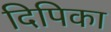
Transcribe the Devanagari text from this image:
दिपिका